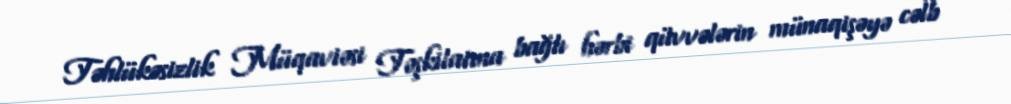
Təhlükəsizlik Müqaviəsi Təşkilatına bağlı hərbi qüvvələrin münaqişəyə cəlb